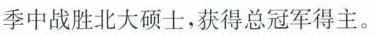
季中战胜北大硕士，获得总冠军得主。